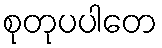
စုတုပပါတေ